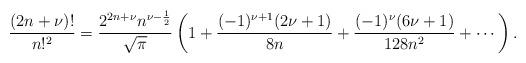
LaTeX: \begin{align*}\dfrac{(2n+\nu)!}{n!^2} = \dfrac{2^{2n+\nu} n^{\nu-\frac{1}{2}}}{\sqrt{\pi}}\left(1+\dfrac{(-1)^{\nu+1}(2\nu+1)}{8n}+ \dfrac{(-1)^\nu(6\nu+1)}{128n^2}+\cdots\right). \end{align*}